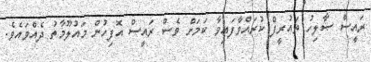
ރައީސް ޞާލިހު ތައުރީފް ކުރައްވާފައިވާ ކަމަށް ވެސް ރައީސް އޮފިހުން މައުލޫމާތު ދެއްވައެވެ.